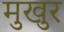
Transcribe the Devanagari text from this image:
मुखुर